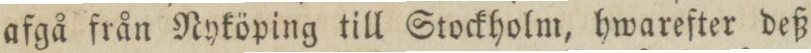
afgå från Nyköping till Stockholm, hwarefter deß